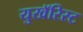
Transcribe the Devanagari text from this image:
युखॅरिस्ट